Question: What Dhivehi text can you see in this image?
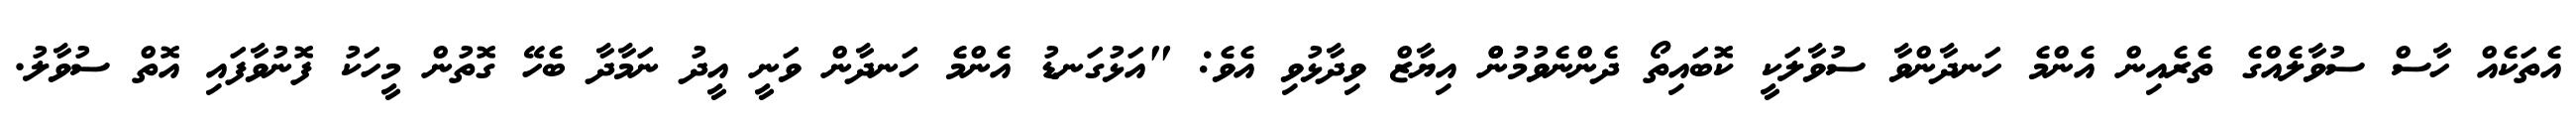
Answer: އެތަކެއް ހާސް ސުވާލެއްގެ ތެރެއިން އެންމެ ހަނދާންވާ ސުވާލަކީ ކޮބައިތޯ ދެންނެވުމުންް އިޔާޒް ވިދާޅުވި އެވެ: "އަޅުގަނޑު އެންމެ ހަނދާން ވަނީ އީދު ނަމާދާ ބެހޭ ގޮތުން މީހަކު ފޮނުވާފައި އޮތް ސުވާލު.